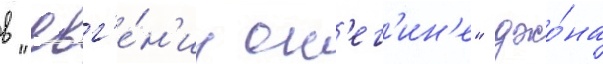
в "евг'е́н'ии он'ег'ин'е" джо́на